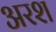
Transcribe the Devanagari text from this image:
अरश